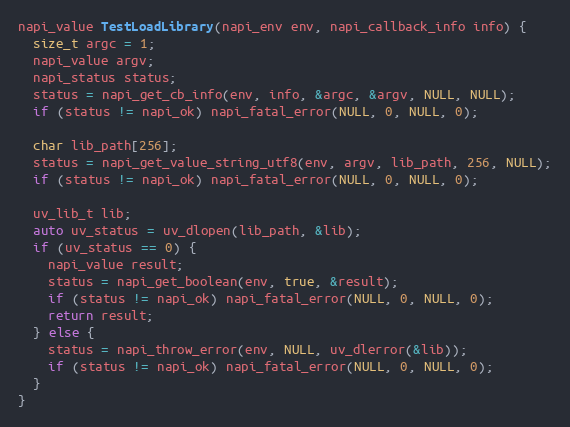
Language: C++
napi_value TestLoadLibrary(napi_env env, napi_callback_info info) {
  size_t argc = 1;
  napi_value argv;
  napi_status status;
  status = napi_get_cb_info(env, info, &argc, &argv, NULL, NULL);
  if (status != napi_ok) napi_fatal_error(NULL, 0, NULL, 0);

  char lib_path[256];
  status = napi_get_value_string_utf8(env, argv, lib_path, 256, NULL);
  if (status != napi_ok) napi_fatal_error(NULL, 0, NULL, 0);

  uv_lib_t lib;
  auto uv_status = uv_dlopen(lib_path, &lib);
  if (uv_status == 0) {
    napi_value result;
    status = napi_get_boolean(env, true, &result);
    if (status != napi_ok) napi_fatal_error(NULL, 0, NULL, 0);
    return result;
  } else {
    status = napi_throw_error(env, NULL, uv_dlerror(&lib));
    if (status != napi_ok) napi_fatal_error(NULL, 0, NULL, 0);
  }
}